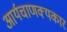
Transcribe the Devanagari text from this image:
आर्यचाणक्यकार